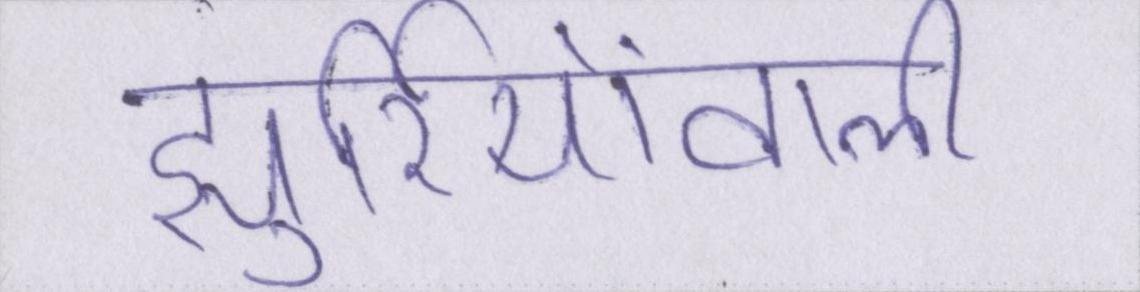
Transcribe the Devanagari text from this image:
झुर्रियोंवाली